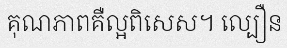
គុណភាពគឺល្អពិសេស។ ល្បឿន